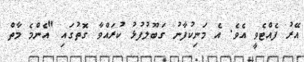
އޭރު ފެއްޓެވީ އެވެ. އެ މަނިކުފާނު ގަބޫލުފުޅު ކުރައްވާ ގޮތުގައި "އެންމެ މާތް